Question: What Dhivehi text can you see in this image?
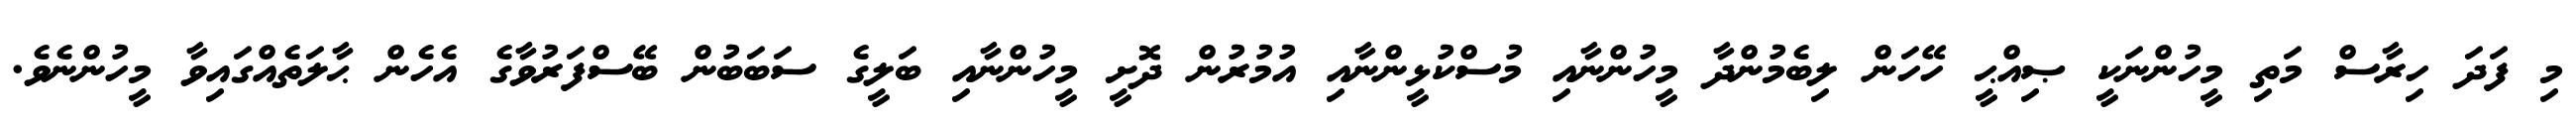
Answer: މި ފަދަ ހިރާސް މަތި މީހުންނަކީ ޞިއްޙީ ހޭހަން ލިބެމުންދާ މީހުންނާއި މުސްކުޅީންނާއި އުމުރުން ދޮށީ މީހުންނާއި ބަލީގެ ސަބަބުން ބޭސްފަރުވާގެ އެހެން ޙާލަތެއްގައިވާ މީހުންނެވެ.